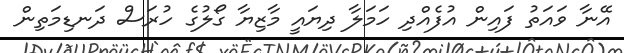
އޭނާ ވައަތު ފައިން އުފެއްދި ހަމަލާ ދިޔައީ މާޒިޔާ ގޯލުގެ ހުރަސް ދަނޑިމަތިން